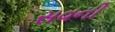
સવની